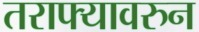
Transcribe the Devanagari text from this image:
तराफ्यावरुन